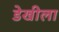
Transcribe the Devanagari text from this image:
डेखीला